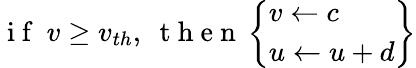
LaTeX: \mathrm{~i~f~}\ v\geq v_{th},\ \mathrm{~t~h~e~n~}\left\{ \begin{array}{l}{v\leftarrow c}\\ {u\leftarrow u+d}\end{array}\right\}